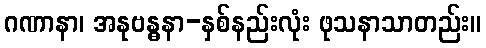
ဂဏာနာ၊ အနုဗန္ဓနာ-နှစ်နည်းလုံး ဖုသနာသာတည်း။